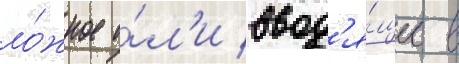
ло́жное и́л'и ввод'я́щее в